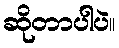
ဆိုတာပါပဲ။